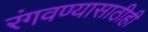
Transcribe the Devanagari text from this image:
रंगवण्यासाठीही